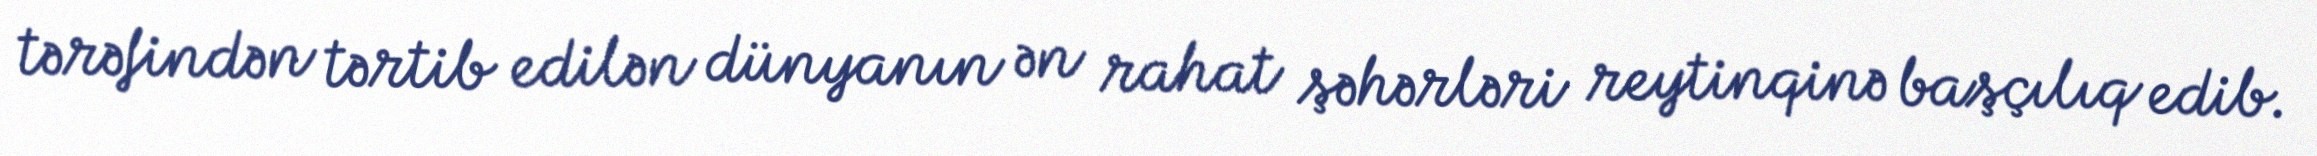
tərəfindən tərtib edilən dünyanın ən rahat şəhərləri reytinqinə başçılıq edib.